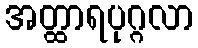
အတ္ထာရပုဂ္ဂလာ